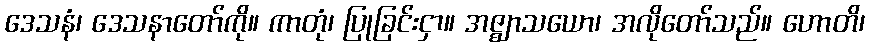
ဒေသနံ၊ ဒေသနာတော်ကို။ ကာတုံ၊ ပြုခြင်းငှာ။ အဇ္ဈာသယော၊ အလိုတော်သည်။ ဟောတိ၊